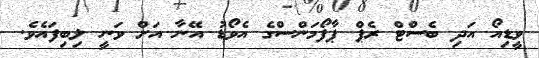
ވީޑިއޯ އަދި ބެސްޓް ރެޕް ޕާފޯމަންސްގެ އެވޯޑު އޭނާ އަށް ވަނީ ލިބިފައެވެ.